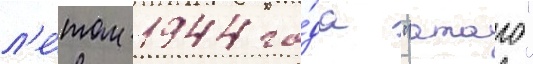
л'е́том 1944 го́да "атаго"